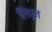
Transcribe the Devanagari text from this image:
लिंपून